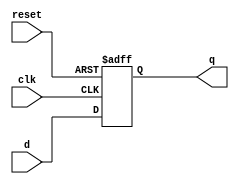
/*
*   Introduction to FPGA and Verilog
*
*   Viktor Prutyanov, 2019
*
*   Module which is synthesized as D-flip-flop with asynchronous reset
*/

module dff2(
    input clk,
    input d,
    input reset,

    output reg q
);

always @(posedge clk or negedge reset) begin
    if (!reset)
        q <= 0;
    else
        q <= d;
end

endmodule